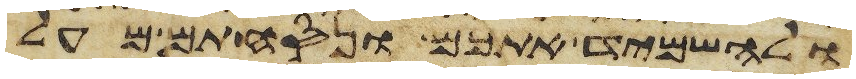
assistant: ולהשמיד אתכם ונסחתם מעל